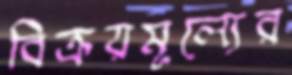
বিক্রয়মূল্যের